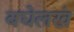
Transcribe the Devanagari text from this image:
बघेलखं